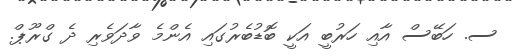
ސ. ހަބޭސް އާއި ހަރުބީ އަކީ ބޮޑުބެރުގައި އެންމެ ވާދަވެރި ދެ ގްރޫޕް.